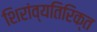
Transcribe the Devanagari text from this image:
शिरांव्यतिरिक्त